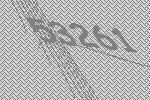
53261